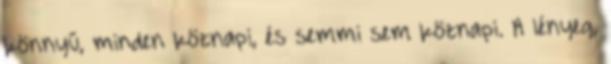
könnyű, minden köznapi, és semmi sem köznapi. A lényeg,